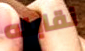
نقابله